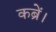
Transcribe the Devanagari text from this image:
कब्रें।